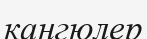
кангюлер